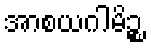
အာစယဂါမိဉ္စ